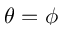
\theta = \phi